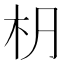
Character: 𣏊